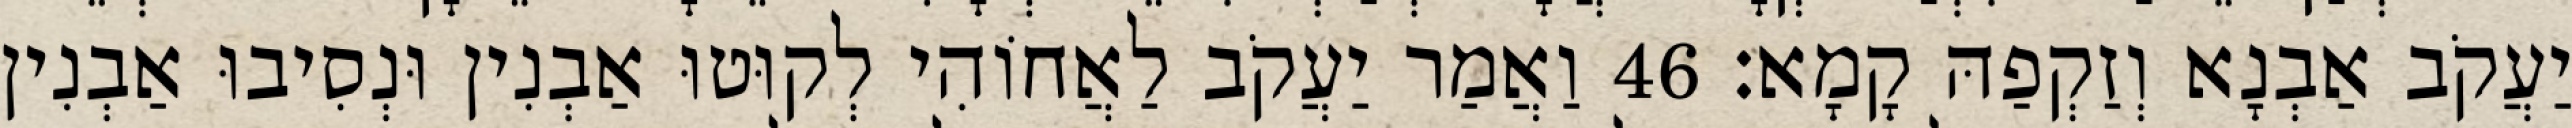
יַעֲקֹב אַבְנָא וְזַקְפַהּ קָמָא׃ 46 וַאֲמַר יַעֲקֹב לַאֲחוֹהִי לְקוּטוּ אַבְנִין וּנְסִיבוּ אַבְנִין